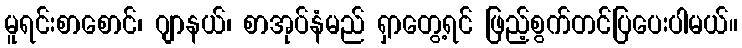
မူရင်းစာစောင်၊ ဂျာနယ်၊ စာအုပ်နံမည် ရှာတွေ့ရင် ဖြည့်စွက်တင်ပြပေးပါမယ်။